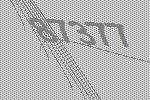
87377